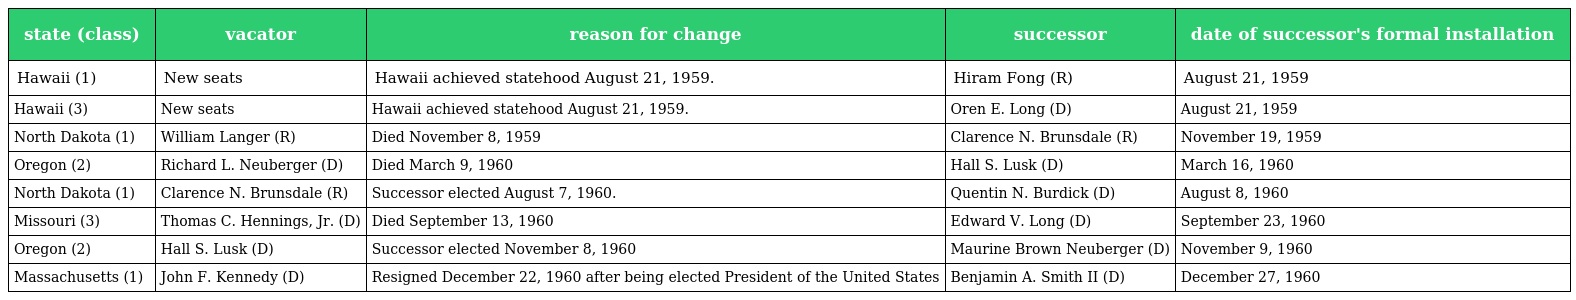
| state (class) | vacator | reason for change | successor | date of successor's formal installation |
 | --- | --- | --- | --- | --- |
 | Hawaii (1) | New seats | Hawaii achieved statehood August 21, 1959. | Hiram Fong (R) | August 21, 1959 |
 | Hawaii (3) | New seats | Hawaii achieved statehood August 21, 1959. | Oren E. Long (D) | August 21, 1959 |
 | North Dakota (1) | William Langer (R) | Died November 8, 1959 | Clarence N. Brunsdale (R) | November 19, 1959 |
 | Oregon (2) | Richard L. Neuberger (D) | Died March 9, 1960 | Hall S. Lusk (D) | March 16, 1960 |
 | North Dakota (1) | Clarence N. Brunsdale (R) | Successor elected August 7, 1960. | Quentin N. Burdick (D) | August 8, 1960 |
 | Missouri (3) | Thomas C. Hennings, Jr. (D) | Died September 13, 1960 | Edward V. Long (D) | September 23, 1960 |
 | Oregon (2) | Hall S. Lusk (D) | Successor elected November 8, 1960 | Maurine Brown Neuberger (D) | November 9, 1960 |
 | Massachusetts (1) | John F. Kennedy (D) | Resigned December 22, 1960 after being elected President of the United States | Benjamin A. Smith II (D) | December 27, 1960 |